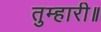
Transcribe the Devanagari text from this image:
तुम्हारी॥